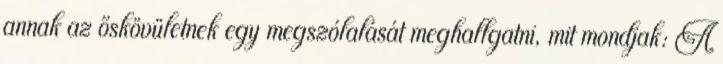
annak az őskövületnek egy megszólalását meghallgatni, mit mondjak: A